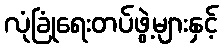
လုံခြုံရေးတပ်ဖွဲ့များနှင့်